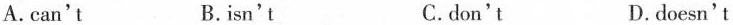
A.can't B. isn't C.don't D.doesn't